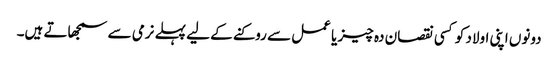
دونوں اپنی اولاد کو کسی نقصان دہ چیز یا عمل سے روکنے کے لیے پہلے نرمی سے سمجھاتے ہیں۔